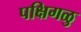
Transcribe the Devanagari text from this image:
पक्षिगळु